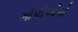
ગોપીઓએ